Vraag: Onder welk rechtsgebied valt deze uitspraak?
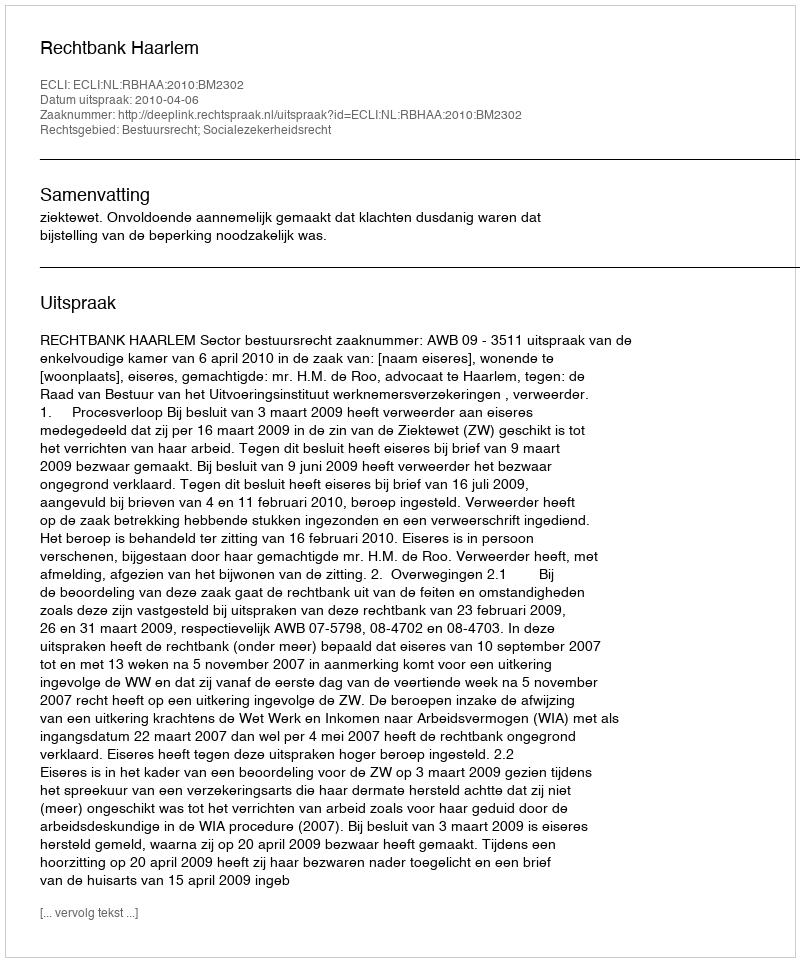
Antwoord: Bestuursrecht; Socialezekerheidsrecht